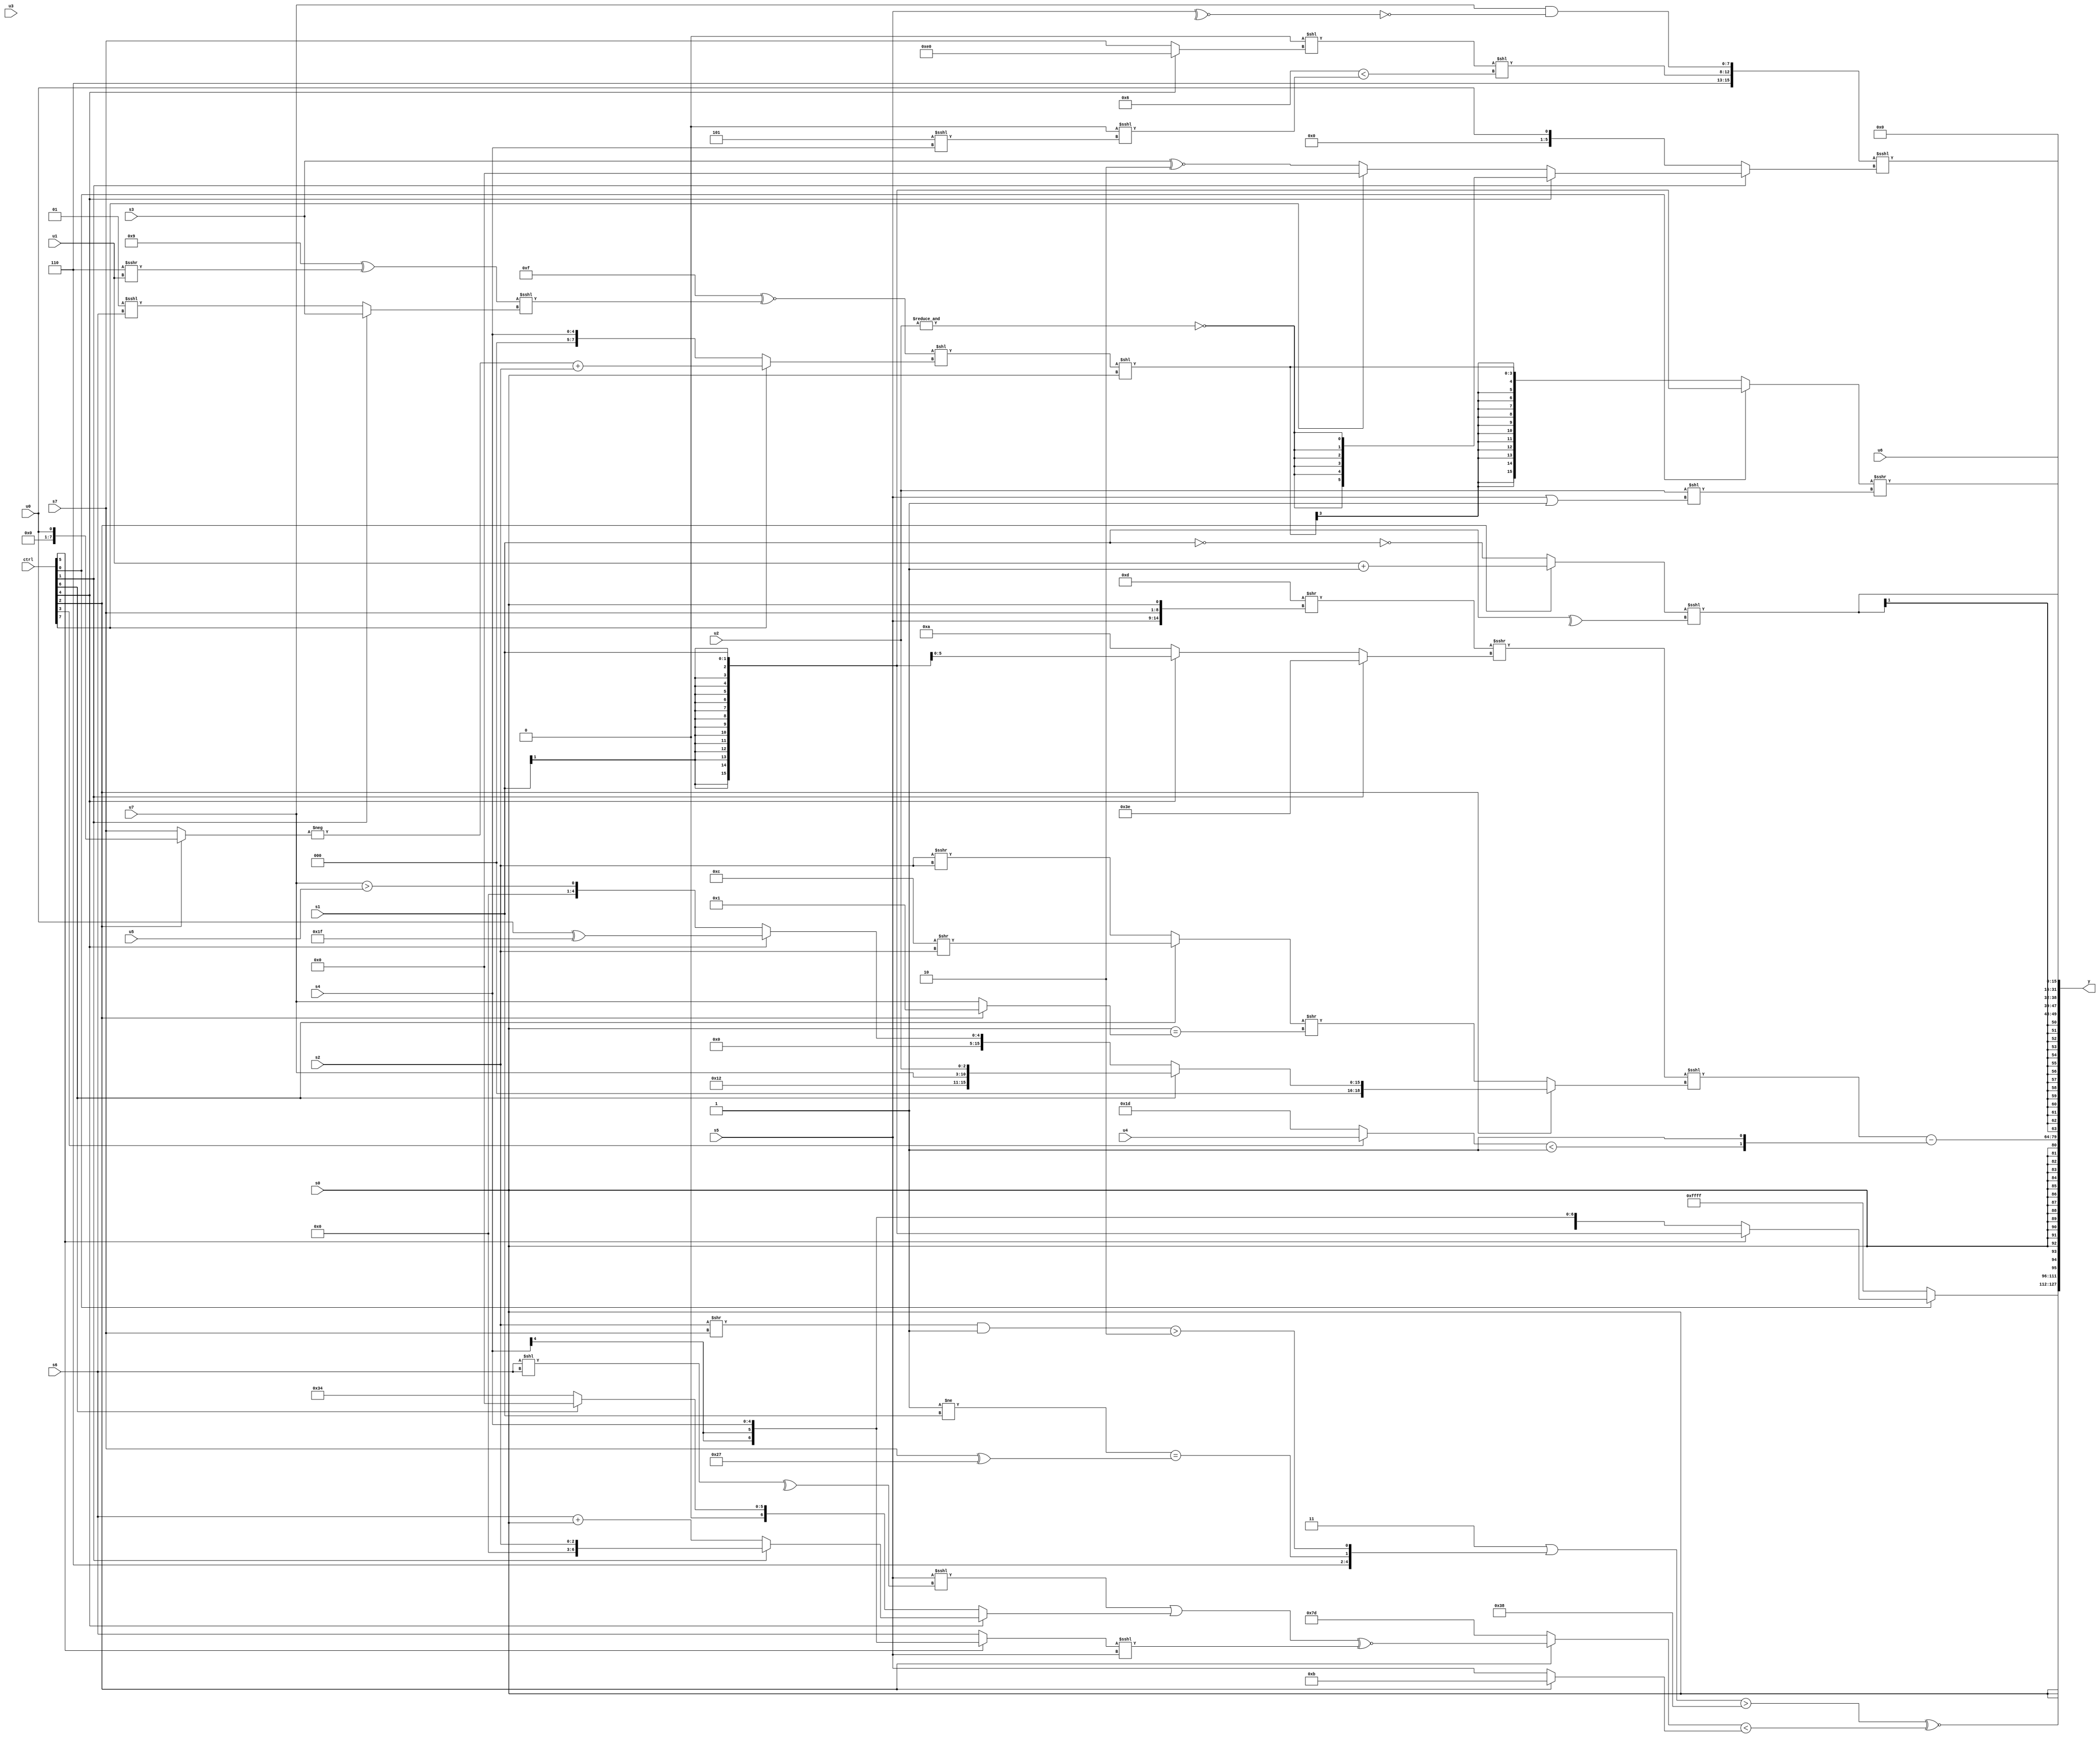
module wideexpr_00381(ctrl, u0, u1, u2, u3, u4, u5, u6, u7, s0, s1, s2, s3, s4, s5, s6, s7, y);
  input [7:0] ctrl;
  input [0:0] u0;
  input [1:0] u1;
  input [2:0] u2;
  input [3:0] u3;
  input [4:0] u4;
  input [5:0] u5;
  input [6:0] u6;
  input [7:0] u7;
  input signed [0:0] s0;
  input signed [1:0] s1;
  input signed [2:0] s2;
  input signed [3:0] s3;
  input signed [4:0] s4;
  input signed [5:0] s5;
  input signed [6:0] s6;
  input signed [7:0] s7;
  output [127:0] y;
  wire [15:0] y0;
  wire [15:0] y1;
  wire [15:0] y2;
  wire [15:0] y3;
  wire [15:0] y4;
  wire [15:0] y5;
  wire [15:0] y6;
  wire [15:0] y7;
  assign y = {y0,y1,y2,y3,y4,y5,y6,y7};
  assign y0 = (ctrl[0]?(ctrl[5]?s1:$signed($signed($signed(s4)))):1'sb1);
  assign y1 = (((3'sb011)|({$signed($signed(6'b000110)),$signed((+((4'sb1111)!=(s1)))==(+((s7)^(6'sb100111)))),($signed(((s2)>>(s7))&(-(2'sb01))))>(4'sb1110)}))>(6'sb111000))^~(((ctrl[2]?(((s5)<<<(^((s6)<<(s6))))|((ctrl[4]?(ctrl[1]?$signed(s2):(s6)+(s0)):(ctrl[6]?+(1'b0):(6'sb110001)^(6'sb000101)))))^~($signed($unsigned(((ctrl[5]?s4:s6))<<<(s5)))):-($signed((4'sb1000)^(((2'sb01)^~(2'sb01))+((1'sb1)<<<(3'sb010)))))))<(+((ctrl[2]?4'sb1011:s5))));
  assign y2 = s0;
  assign y3 = ((((5'sb01101)>>({{s5,s7,s0}}))>>>((ctrl[1]?3'sb110:(ctrl[4]?s1:+(6'sb001010)))))<<<((ctrl[2]?(ctrl[6]?(ctrl[2]?{4'sb0001,4'sb0010,u7,u2}:|(4'sb1010)):(ctrl[4]?(u0)^(6'b011111):(u7)>(u5))):((ctrl[6]?(4'sb1100)>>(s2):(s2)>>>(s2)))>>((|(s0))==((ctrl[2]?2'b01:u7))))))-($signed($signed({((ctrl[3]?u4:5'sb11101))<(1'sb1),-(1'sb1)})));
  assign y4 = $signed((($signed(+(+((ctrl[2]?(u1)+(~&(3'sb101)):~(!(s1)))))))<<<(^(s1)))>>>(((ctrl[4]?2'b00:(s4)>=($signed({$signed((ctrl[1]?s1:5'sb10001)),2'sb01,3'b101,s1}))))==({$signed({4{s4}}),4'sb1000,5'sb01100})));
  assign y5 = u6;
  assign y6 = ({2'sb01,2'sb10,((((5'sb00010)<<<(2'b00))>>(5'sb00101))<<((ctrl[4]?(6'sb101000)&(5'sb10101):$signed(s7))))<<((5'sb00110)<(((6'sb111111)<<(6'sb110110))<<<((3'b101)<<<(s4)))),(u7)&(~^($signed(~^(s5))))})<<<((ctrl[1]?$signed((ctrl[4]?$signed(~&(u2)):(ctrl[7]?(s0)>>(4'sb1010):(s3)^~(6'sb111110)))):u0));
  assign y7 = ((ctrl[0]?s1:$signed((((($signed(4'sb0000))^~(+({1{2'b00}})))^~(((4'sb1001)^((3'sb110)>>>(u1)))<<<((ctrl[1]?s3:(2'sb01)<<<(s6)))))<<((ctrl[7]?(-((ctrl[2]?u0:s7)))+(s2):s4)))<<(s0))))>>>((u2)<<($signed((s5)|(2'sb11))));
endmodule